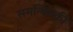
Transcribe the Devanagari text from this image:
समन्वितकी